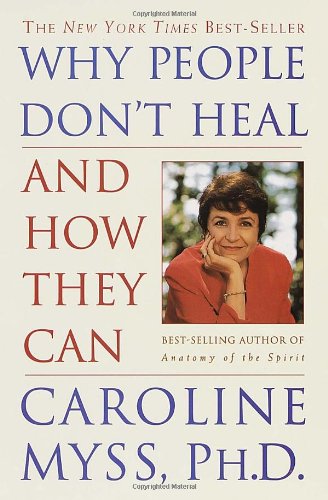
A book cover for Why People Don't Heal and How They Can; Caroline Myss; Health, Fitness & Dieting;